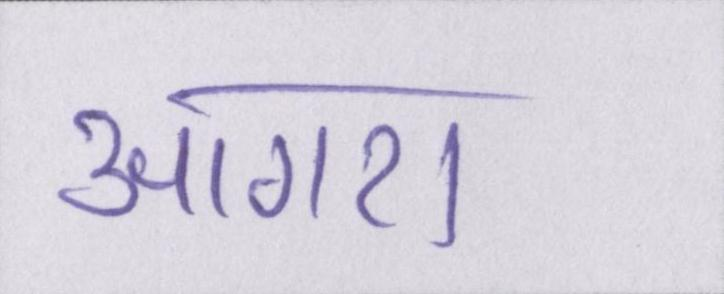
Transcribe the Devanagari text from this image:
आगरा